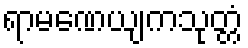
ရာမဏေယျကသုတ္တံ